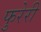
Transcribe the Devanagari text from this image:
फुरेरी